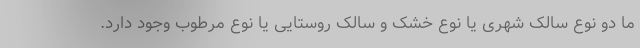
ما دو نوع سالک شهری یا نوع خشک و سالک روستایی یا نوع مرطوب وجود دارد.